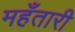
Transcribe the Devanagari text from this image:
महँतारी